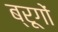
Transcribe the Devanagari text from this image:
ब्रूगों